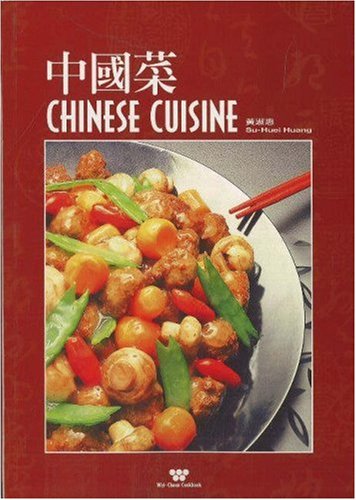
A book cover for Chinese Cuisine (Wei-Chuan's Cookbook) (English and Traditional Chinese Edition); Su Huei Huang; Cookbooks, Food & Wine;